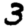
Digit: 3